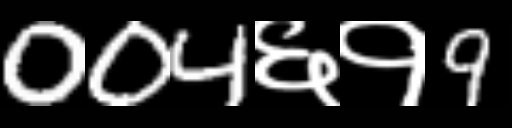
Text: 004६१9